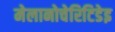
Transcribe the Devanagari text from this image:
मेलानोचेरिटिडेइ